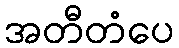
အတီတံပေ